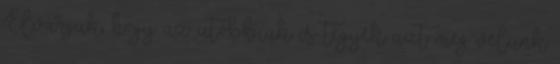
Elvárjuk, hogy az utóbbiak is tegyék azt meg velünk